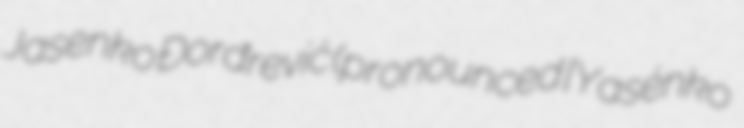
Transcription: Jasenko Đorđrević (pronounced [Yasénko